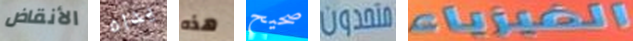
الأنقاض يداه هذه صحيح متحدون الفيزياء